Report on sanitation, dispensaries, and jails in Rajputana for 1912, and on vaccination for the year 1912-1913 - 1912-1913
Year: 1912
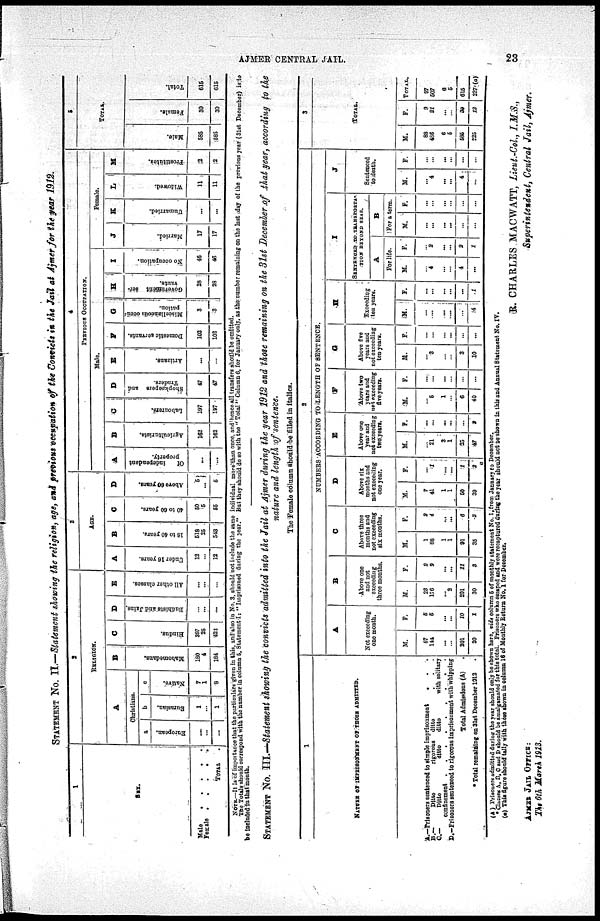
AJMER CENTRAL JAIL.
23
STATEMENT No. II.—Statement showing the religion, age, and previous occupation of the Convicts in the Jail at Ajmer for the year 1912.
1
SEX.
Male . . . . .
Female . . . . .
TOTAL .
2
RELIGION.
A
Christians.
a
European.
...
...
...
b
Eurasian.
1
...
1
c
Native.
7
1
8
B
Mabomedana.
180
4
184
C
Hindus.
397
25
422
D
Badhists and Jains.
...
...
...
E
All other classss.
...
...
...
3
AGE.
A
under 16 years.
13
...
12
B
16 to 40 years.
518
25
543
C
40 to 60 years.
50
5
55
D
Above 80 years.
5
...
5
4
PREVIOUS OCCUPATION.
Male.
A
Of
Independent
property.
...
...
B
Agricalturists.
162
162
C
Labourers.
197
197
D
Shopkeepers and
Traders.
47
47
E
Artizans.
...
...
F
Domestic servants.
102
102
G
Miscellaneous occu¬
pation.
3
3
H
Government ser¬
vants.
28
28
I
No occupation.
46
46
Female.
J
Married.
17
17
K
Unmarried.
...
...
L
Widowed.
11
11
M
Prostitutes.
2
3
5
TOTAL
Male.
585
585
Female.
30
30
Total.
615
615
NOTE —It is of importance that the particulars given in this, and also in No. 3. should not include the same individual more than once, and hence all transfers should be omitted.
The Totals should correspond with the number in column 6. Statement I:" Imprisoned during the year." But they should do so with the "Total " Column 6, for January only, as the number remaining on the last day of the previous year (31st December) is to
be included In that month.
STATEMENT No. III.—Statement showing the convicts admitted into the Jail at Ajmer during the year 1912 and those remaining on the 31st December of that year, according to the
nature and length of sentence.
The Female column should be filled in italics.
1
NATURE OF IMPRISONMENT OF THOSE ADMITTED.
A.—Prisoners sentenced to simple imprisonment
. . .
B.—
Ditto
rigorous
ditto . . .
C—
Ditto
ditto
ditto
with solitary
confinement .
.
.
.
.
.
.
.
D.— Prisoners sentenced to rigorous imprisonment with whipping
Total Admissions (A)
* Total remaining on 31st December 1912
2
NUMBERS ACCORDING TO LENGTH OF SENTENCE.
A
Not exceeding
one month.
M.
57
144
...
...
201
20
F.
5
5
...
...
10
1
B
Above one
and not
exceeding
three months.
M.
23
176
...
2
201
30
F.
2
9
...
...
11
3
C
Above three
months and
not exceeding
six months.
M.
1
88
1
1
91
35
F.
2
4
...
...
6
2
D
Above six
months and
not exceeding
one year.
M.
7
41
1
1
50
39
F.
...
1
...
...
1
2
E
Above one
year and
not exceeding
two years.
M.
...
21
3
1
25
47
F.
...
...
...
...
...
2
F
Above two
years and
not excceding
five years.
M.
...
5
1
...
6
40
F.
...
...
...
...
...
...
G
Above five
years and
not exceeding
ten years.
M.
...
3
...
...
3
10
F.
...
...
...
...
...
...
H
Exceeding
ten years.
M.
...
...
....
...
...
4
F.
...
...
...
...
...
1
I
SENTENCED TO TRANSPORTA¬
TION BEYOND SEAS.
A
For life.
M.
...
4
...
...
4
...
F.
...
2
...
...
2
1
B
For a term.
M.
...
...
...
...
...
...
F.
...
...
...
...
...
...
J
Sentenced
to death.
M.
...
4
...
...
4
...
F.
...
...
...
...
...
...
3
TOTAL.
M.
88
486
6
5
585
725
F.
9
21
...
...
39
12
TOTAL
97
507
6
5
615
237(a)
(A) Prisoners admitted during the year should only be shown here, vide column 5 of monthly statement No. 1.from January to December.
* Classess A, B,C and D should be amalgamated for this total. Prisoners who escaped and were recaptured during the year should not be shown in this and Annual Statement No. IV.
(a) This figure should tally with than shown in column 16 of Monthly Return No. 1 for December.
R. CHARLES MACWATT, Lieut.-Col., I.M.S.,
Superintendent, Central Jail, Ajmer.
AJMER JAIL OFFICE:
The 6th March 1913.